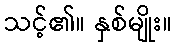
သင့်၏။ နှစ်မျိုး။